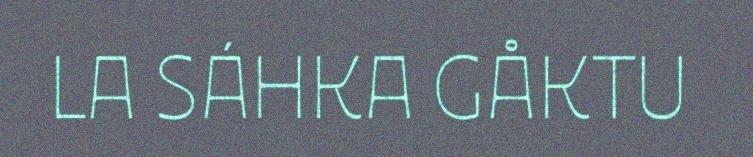
LA SÁHKA GÅKTU